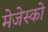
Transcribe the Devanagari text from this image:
मेजेस्‍को